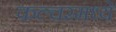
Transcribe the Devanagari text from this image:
कल्चरमध्ये